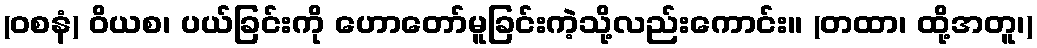
(ဝစနံ) ဝိယစ၊ ပယ်ခြင်းကို ဟောတော်မူခြင်းကဲ့သို့လည်းကောင်း။ (တထာ၊ ထို့အတူ၊)